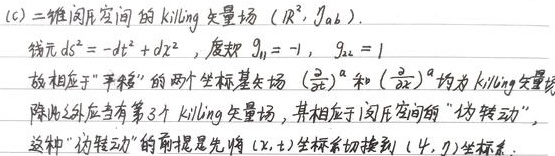
(c) 二维闵氏空间的 Killing 矢量场 \((\mathbb{R}^{2},\eta_{ab})\)。线元
\[ds^{2}=-dt^{2}+dx^{2}\]
度规 \(g_{11}=-1\)，\(g_{22}=1\)。故相应于“平移”的两个坐标基矢场 \((\frac{\partial}{\partial t})^{\alpha}\) 和 \((\frac{\partial}{\partial x})^{\alpha}\) 均为 Killing 矢量场。除此之外应当有第 3 个 Killing 矢量场，其相应于闵氏空间的“伪转动”，这种“伪转动”的前提是先将 \((x,t)\) 坐标系切换到 \((\psi,\eta)\) 坐标系。